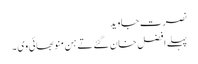
نصرت جاوید
پہلے افضل خان گئے تے ہن منو بھائی وی ۔